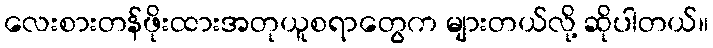
လေးစားတန်ဖိုးထားအတုယူစရာတွေက များတယ်လို့ ဆိုပါတယ်။